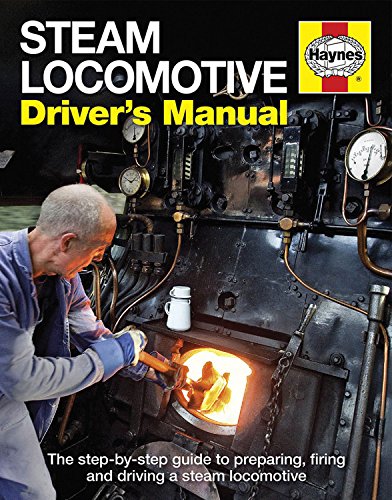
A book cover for Steam Locomotive Driver's Manual: The step-by-step guide to preparing, firing and driving a steam locomotive; Andrew Charman; Engineering & Transportation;